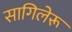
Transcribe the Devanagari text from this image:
सागिलेरू